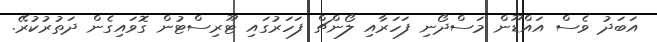
އަބަދު ވެސް އައްޑޫން މަސްދޯނި ފަހަރާއި ލޯންޗް ފަހަރުގައި ޓޫރިސްޓުން ގޮވައިގެން ދަތުރުކުރޭ.